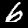
Digit: 6